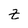
Character: z